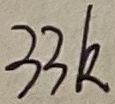
Text: 33K